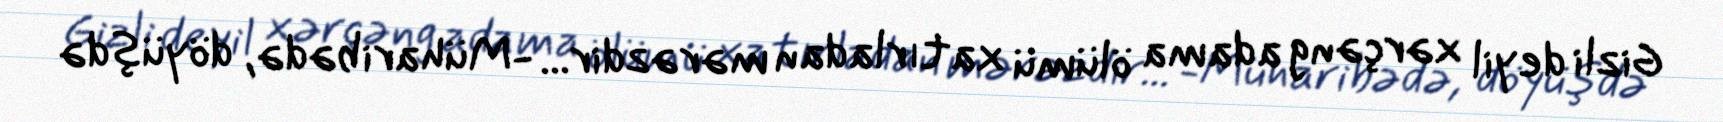
Gizli deyil xərçəng adama ölümü xatırladan mərəzdir... -Müharibədə, döyüşdə